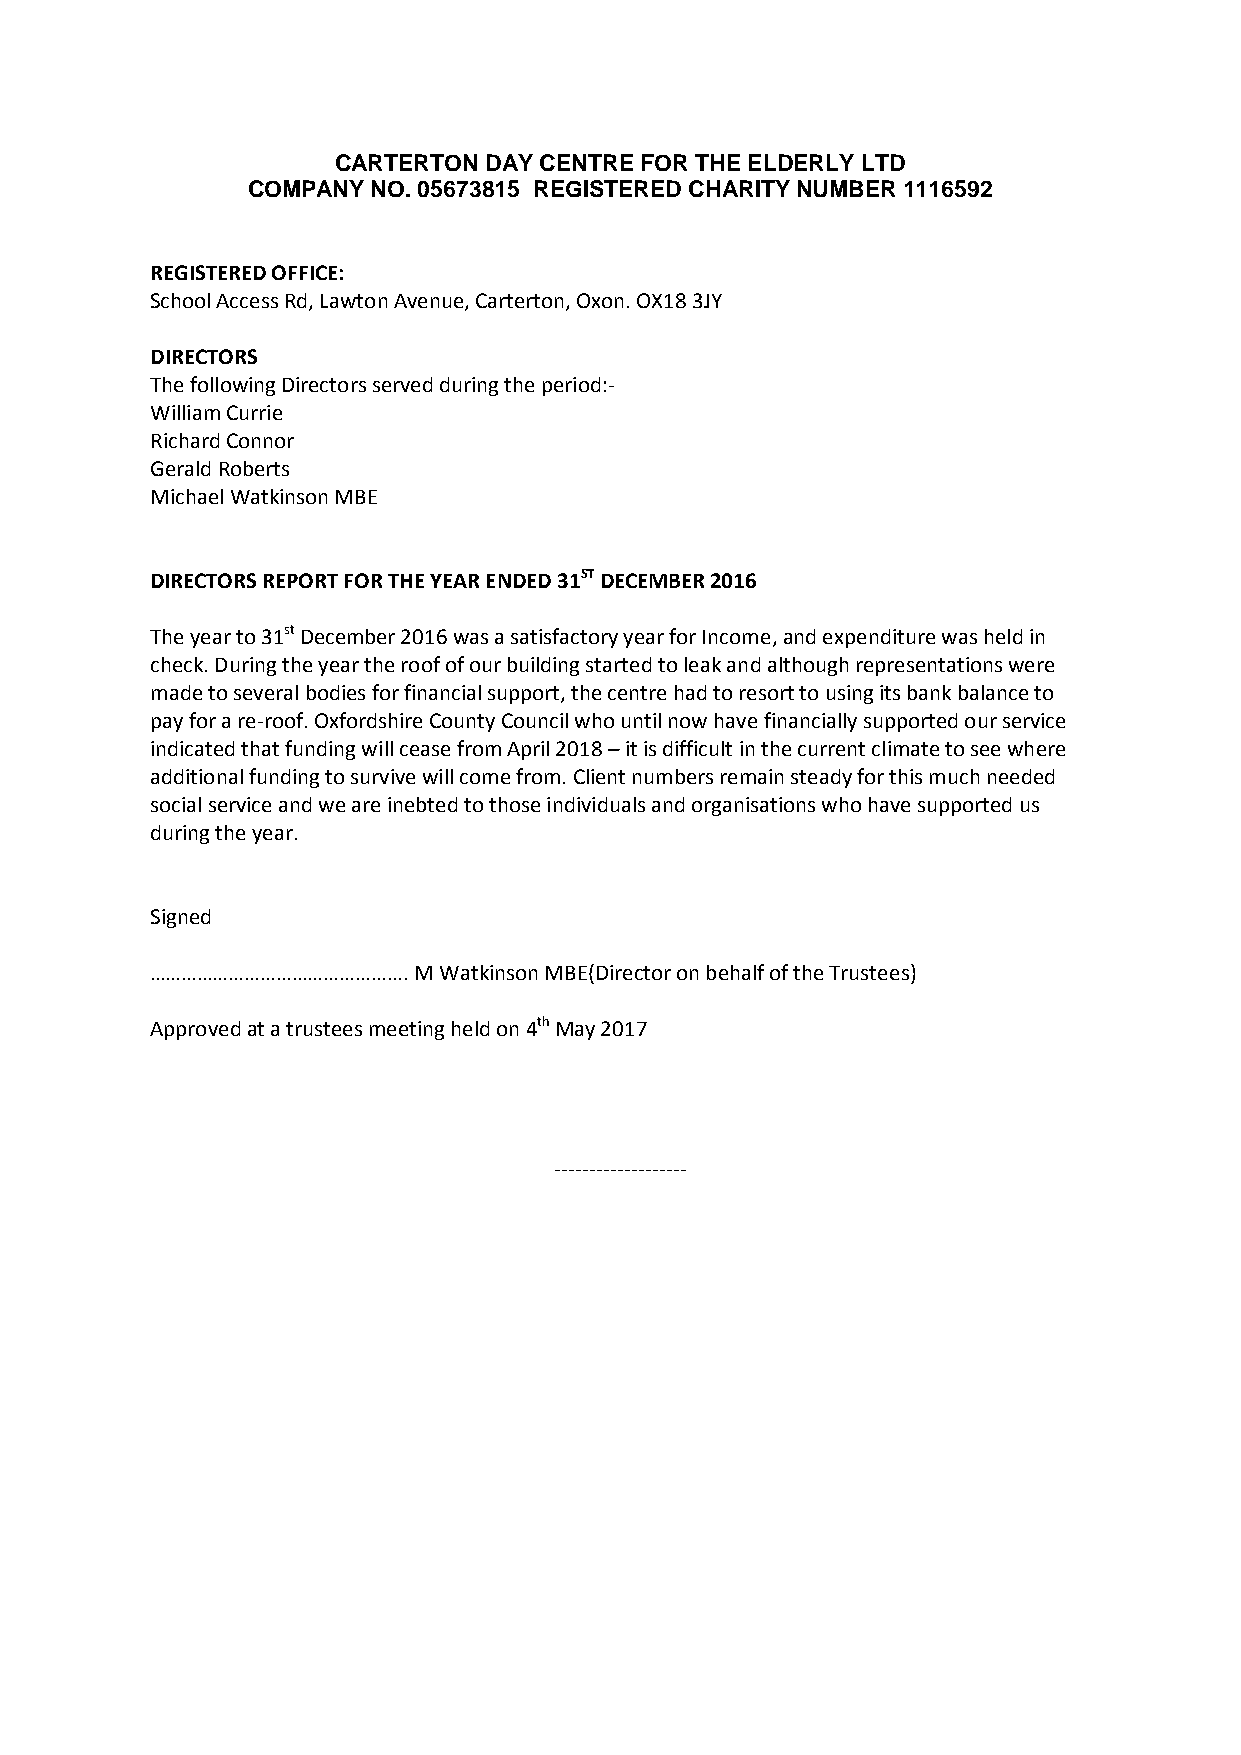
CARTERTON DAY CENTRE FOR THE ELDERLY LTD
 COMPANY  NO. 05673815 REGISTERED CHARITY NUMBER 1116592
 REGISTERED OFFICE:
 School Access Rd, Lawton Avenue, Carterton, Oxon. OX18 3JY
 DIRECTORS
 The following Directors served during the period:-
 William Currie
 Richard Connor
 Gerald Roberts
 Michael Watkinson MBE
 DIRECTORS REPORT FOR THE YEAR ENDED 31ST DECEMBER 2016
 The year to 31st December 2016 was a satisfactory year for Income, and expenditure was held in
 check. During the year the roof of our building started to leak and although representations were
 made to several bodies for financial support, the centre had to resort to using its bank balance to
 pay for a re-roof. Oxfordshire County Council who until now have financially supported our service
 indicated that funding will cease from April 2018 – it is difficult in the current climate to see where
 additional funding to survive will come from. Client numbers remain steady for this much needed
 social service and we are inebted to those individuals and organisations who have supported us
 during the year.
 Signed
 …………………………………………. M Watkinson MBE(Director on behalf of the Trustees)
 Approved at a trustees meeting held on 4th May 2017
 -------------------